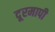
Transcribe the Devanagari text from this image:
दूरमापी